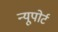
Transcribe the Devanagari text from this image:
न्‍यूपोर्ट